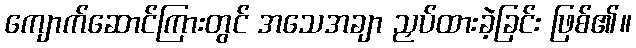
ကျောက်ဆောင်ကြားတွင် အသေအချာ ညှပ်ထားခဲ့ခြင်း ဖြစ်၏။